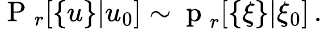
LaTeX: \mathrm{~P~}_{r}[\{ u\} |u_{0}]\sim\mathrm{~p~}_{r}[\{ \xi\} |\xi_{0}]\, .